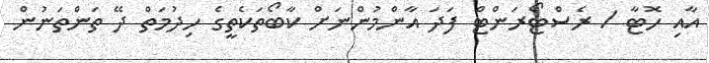
އާއި ހޮޓާ / ރެސްޓޯރަންޓް ފަދަ އާންމުންނަށް ކާބޯތަކެތީގެ ހިދުމަތް ދޭ ތަންތަނުން